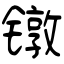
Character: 镦